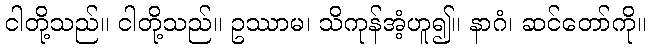
ငါတို့သည်။ ငါတို့သည်။ ဥဿာမ၊ သိကုန်အံ့ဟူ၍။ နာဂံ၊ ဆင်တော်ကို။